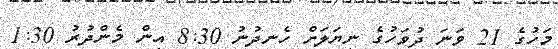
މަހުގެ 21 ވަނަ ދުވަހުގެ ނިޔަލަށް ހެނދުނު 8:30 އިން މެންދުރު 1:30